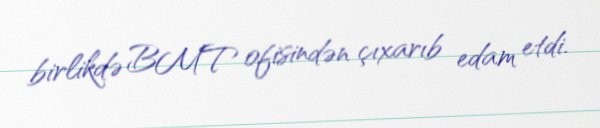
birlikdə BMT ofisindən çıxarıb edam etdi.